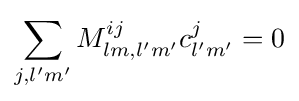
\sum \limits _{j,l'm'}{M_{lm,l'm'}^{ij}c_{l'm'}^{j}=0}